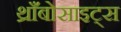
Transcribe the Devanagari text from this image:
थ्राँबोसाइट्स